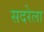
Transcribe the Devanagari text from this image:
सदरेला